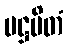
ပဋ္ဌပိတံ